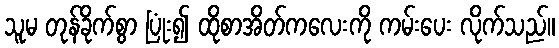
သူမ တုန်ခိုက်စွာ ပြုံး၍ ထိုစာအိတ်ကလေးကို ကမ်းပေး လိုက်သည်။